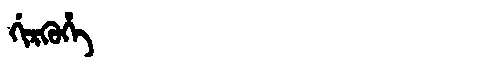
Manchu: ᡤᡳᡵᡴᡠᡥᡝ
Romanization: GIRKUHE